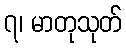
၇၊ မာတုသုတ်